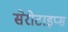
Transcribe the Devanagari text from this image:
सेरोटाइप्स